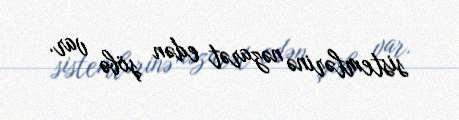
sistemlərinə nəzarət edən şöbə var.